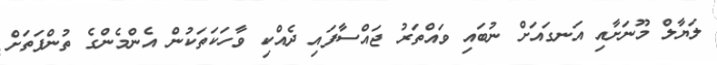
ލަޔާލް މޫނަށާއި އަނގައަށް ނުބައި ވައްތަރު ޖައްސާފައި ދެއްކި ވާހަކަތަކުން އެންމެންގެ ތުންފަތަށް